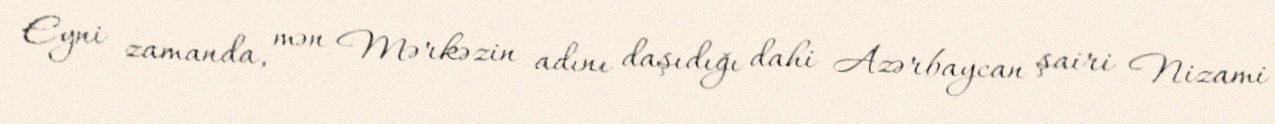
Eyni zamanda, mən Mərkəzin adını daşıdığı dahi Azərbaycan şairi Nizami